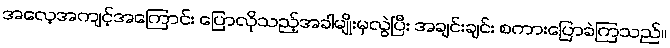
အလေ့အကျင့်အကြောင်း ပြောလိုသည့်အခါမျိုးမှလွဲပြီး အချင်းချင်း စကားပြောခဲကြသည်။